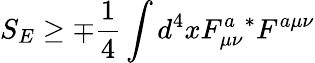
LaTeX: S_{E}\geq\mp\frac{1}{4}\int d^{4}xF_{\mu\nu}^{a}{}^{*}F^{a\mu\nu}